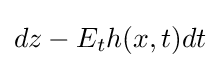
dz-E_{t}h(x,t)dt